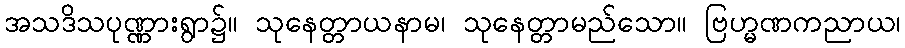
အသဒိသပုဏ္ဏားရွာ၌။ သုနေတ္တာယနာမ၊ သုနေတ္တာမည်သော။ ဗြဟ္မဏကညာယ၊